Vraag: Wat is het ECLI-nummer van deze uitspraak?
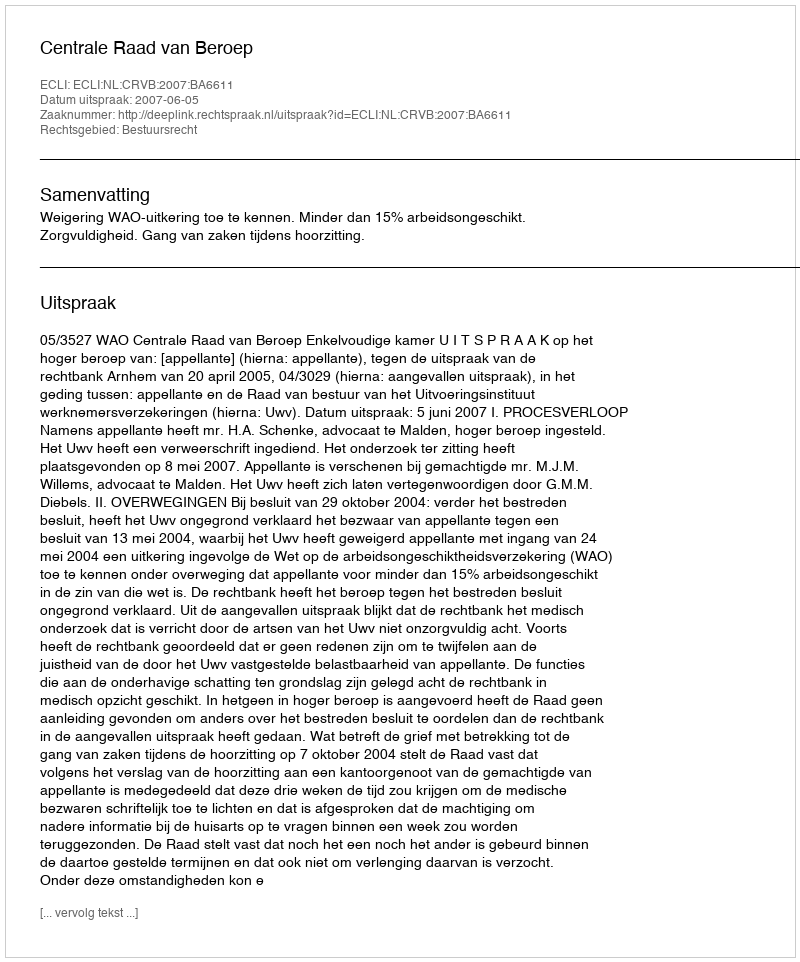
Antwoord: ECLI:NL:CRVB:2007:BA6611